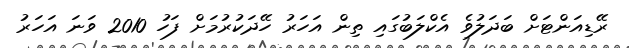
ރޭޑިއަންޓަށް ބަދަލުވެ އެކްލަބުގައި ތިން އަހަރު ހޭދަކުރުމަށް ފަހު 2010 ވަނަ އަހަރު